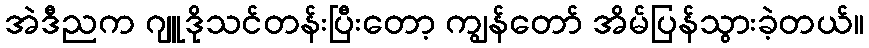
အဲဒီညက ဂျူဒိုသင်တန်းပြီးတော့ ကျွန်တော် အိမ်ပြန်သွားခဲ့တယ်။